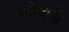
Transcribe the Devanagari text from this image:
कोनारी